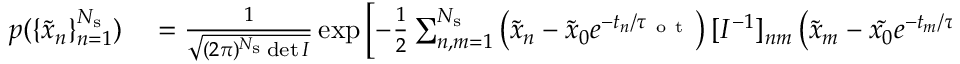
\begin{array} { r l } { p ( \{ \tilde { x } _ { n } \} _ { n = 1 } ^ { N _ { \mathrm { s } } } ) } & { { } = \frac { 1 } { \sqrt { ( 2 \pi ) ^ { N _ { \mathrm { s } } } \operatorname* { d e t } I } } \exp \left[ - \frac { 1 } { 2 } \sum _ { n , m = 1 } ^ { N _ { \mathrm { s } } } \left( \tilde { x } _ { n } - \tilde { x } _ { 0 } e ^ { - t _ { n } / \tau _ { \mathrm { ~ o ~ t ~ } } } \right) [ I ^ { - 1 } ] _ { n m } \left( \tilde { x } _ { m } - \tilde { x _ { 0 } } e ^ { - t _ { m } / \tau _ { \mathrm { ~ o ~ t ~ } } } \right) \right] \, , } \end{array}